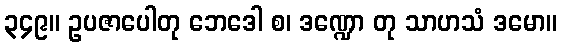
၃၄၉။ ဥပဇာပေါတု ဘေဒေါ စ၊ ဒဏ္ဍော တု သာဟသံ ဒမော။